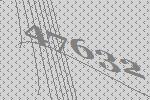
47632